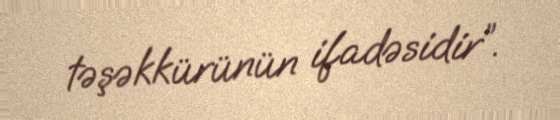
təşəkkürünün ifadəsidir”.